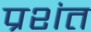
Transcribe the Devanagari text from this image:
प्रशंत